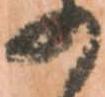
の